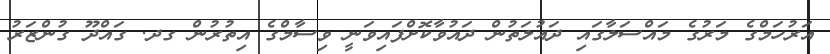
އަރުހަމްގެ މަރުގެ މައްސަލާގައި ދައުލަތުން ދައުވާކޮށްފައިވަނީ ވިސާމްގެ އިތުރުން ގދ. ގައްދޫ ގުންޒަރު